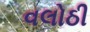
વલોઠી